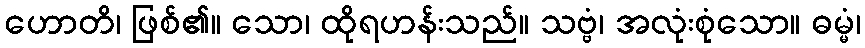
ဟောတိ၊ ဖြစ်၏။ သော၊ ထိုရဟန်းသည်။ သဗ္ဗံ၊ အလုံးစုံသော။ ဓမ္မံ၊